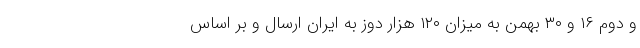
و دوم ۱۶ و ۳۰ بهمن به میزان ۱۲۰ هزار دوز به ایران ارسال و بر اساس